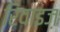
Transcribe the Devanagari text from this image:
रिवाइज़